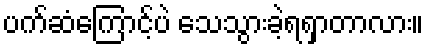
ပက်ဆံကြောင့်ပဲ သေသွားခဲ့ရရှာတာလား။